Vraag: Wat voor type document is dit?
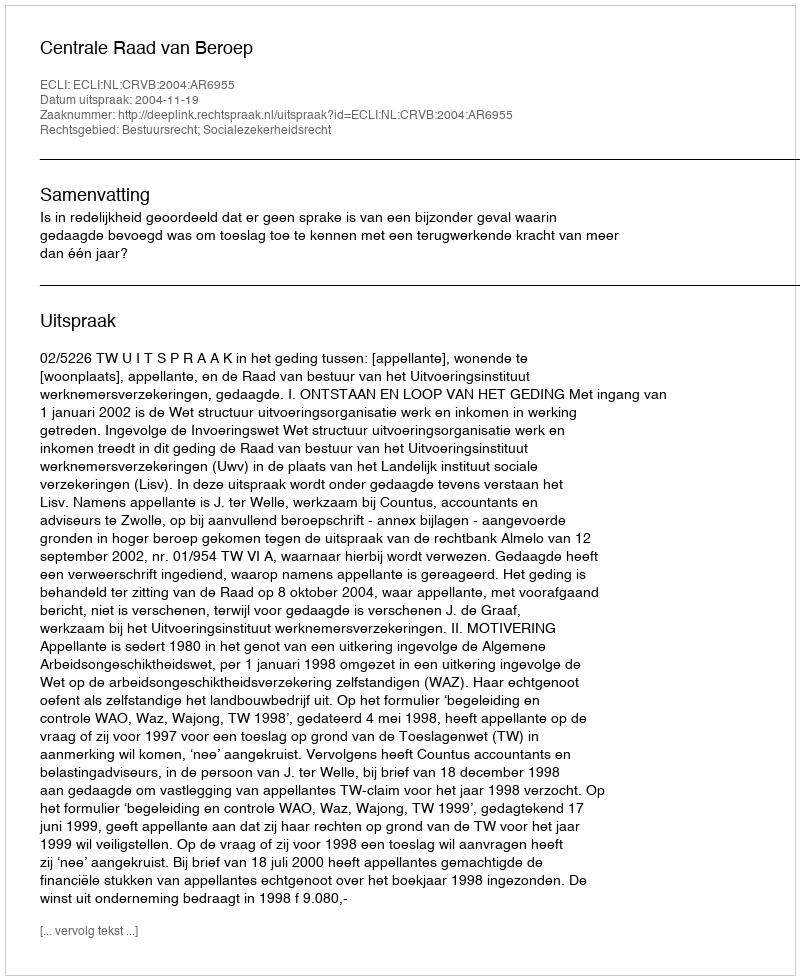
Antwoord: Uitspraak